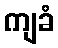
ကျခံ